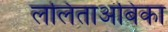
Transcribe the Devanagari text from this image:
ललिताअंबिका